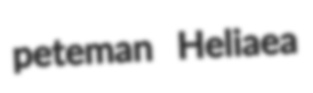
peteman Heliaea